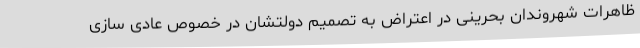
ظاهرات شهروندان بحرینی در اعتراض به تصمیم دولتشان در خصوص عادی سازی